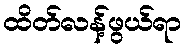
ထိတ်လန့်ဖွယ်ရာ